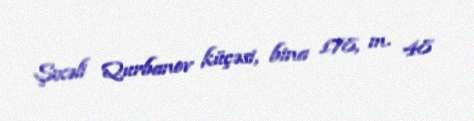
Şıxəli Qurbanov küçəsi, bina 178, m. 48